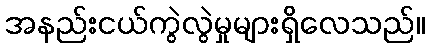
အနည်းငယ်ကွဲလွဲမှုများရှိလေသည်။